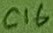
Text: C16